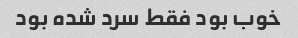
خوب بود فقط سرد شده بود